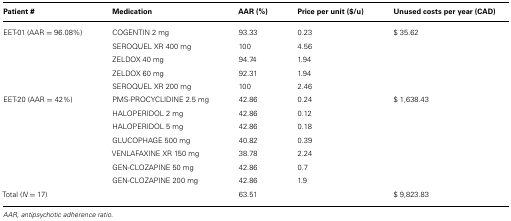
<table><thead><tr><td><b>Patient #</b></td><td><b>Medication</b></td><td><b>AAR (%)</b></td><td><b>Price per unit ($/u)</b></td><td><b>Unused costs per year (CAD)</b></td></tr></thead><tbody><tr><td>EET-01 (AAR = 96.08%)</td><td>COGENTIN 2 mg</td><td>93.33</td><td>0.23</td><td>$ 35.62</td></tr><tr><td>[EMPTY_CELL]</td><td>SEROQUEL XR 400 mg</td><td>100</td><td>4.56</td><td>[EMPTY_CELL]</td></tr><tr><td>[EMPTY_CELL]</td><td>ZELDOX 40 mg</td><td>94.74</td><td>1.94</td><td>[EMPTY_CELL]</td></tr><tr><td>[EMPTY_CELL]</td><td>ZELDOX 60 mg</td><td>92.31</td><td>1.94</td><td>[EMPTY_CELL]</td></tr><tr><td>[EMPTY_CELL]</td><td>SEROQUEL XR 200 mg</td><td>100</td><td>2.46</td><td>[EMPTY_CELL]</td></tr><tr><td>EET-20 (AAR = 42%)</td><td>PMS-PROCYCLIDINE 2.5 mg</td><td>42.86</td><td>0.24</td><td>$ 1,638.43</td></tr><tr><td>[EMPTY_CELL]</td><td>HALOPERIDOL 2 mg</td><td>42.86</td><td>0.12</td><td>[EMPTY_CELL]</td></tr><tr><td>[EMPTY_CELL]</td><td>HALOPERIDOL 5 mg</td><td>42.86</td><td>0.18</td><td>[EMPTY_CELL]</td></tr><tr><td>[EMPTY_CELL]</td><td>GLUCOPHAGE 500 mg</td><td>40.82</td><td>0.39</td><td>[EMPTY_CELL]</td></tr><tr><td>[EMPTY_CELL]</td><td>VENLAFAXINE XR 150 mg</td><td>38.78</td><td>2.24</td><td>[EMPTY_CELL]</td></tr><tr><td>[EMPTY_CELL]</td><td>GEN-CLOZAPINE 50 mg</td><td>42.86</td><td>0.7</td><td>[EMPTY_CELL]</td></tr><tr><td>[EMPTY_CELL]</td><td>GEN-CLOZAPINE 200 mg</td><td>42.86</td><td>1.9</td><td>[EMPTY_CELL]</td></tr><tr><td>Total (<i>N = </i>17)</td><td>[EMPTY_CELL]</td><td>63.51</td><td>[EMPTY_CELL]</td><td>$ 9,823.83</td></tr></tbody></table>